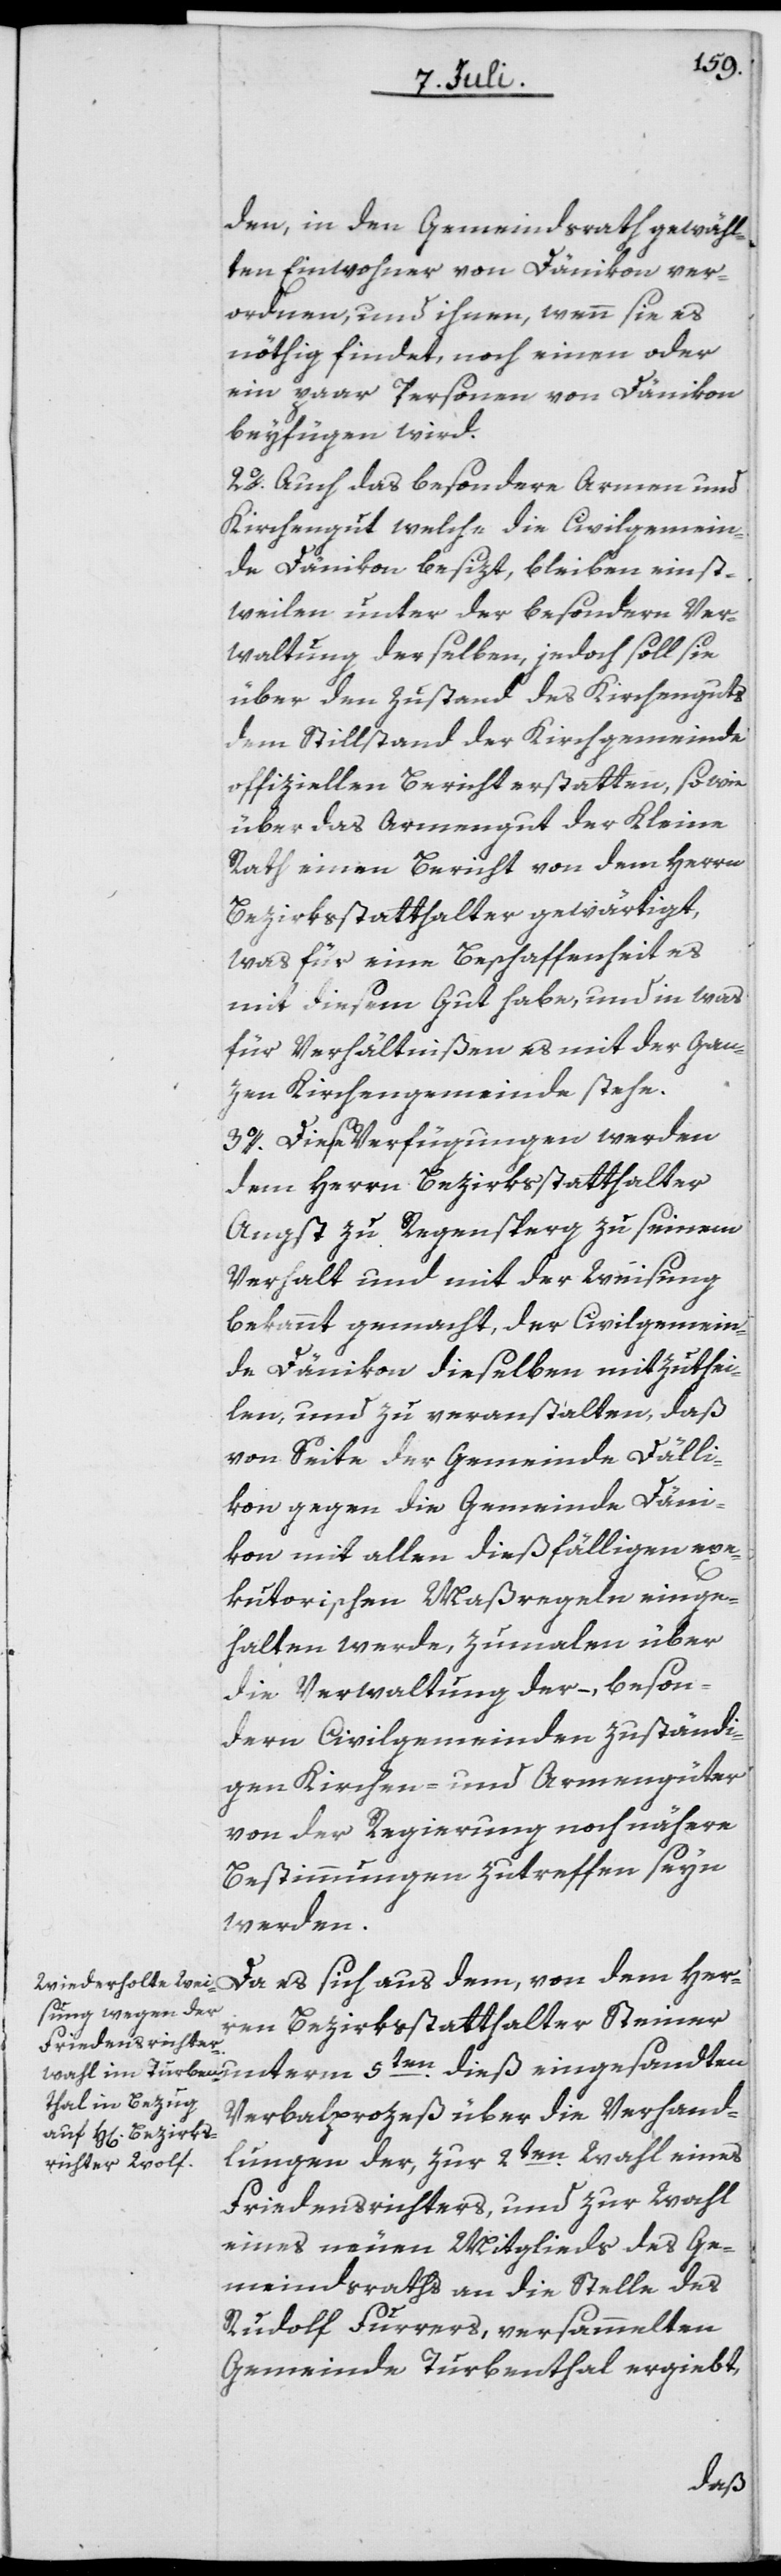
den, in den Gemeindsrath gewähl¬
ten Einwohner von Dänikon ver¬
ordnen und ihnen, wenn sie es
nöthig findet, noch einen oder
ein paar Personen von Dänikon
beyfügen wird.
2o. Auch das besondere Armen und
Kirchengut welche die Civilgemein¬
de Dänikon besizt, bleiben einst¬
weilen unter der besondern Ver¬
waltung derselben, jedoch soll sie
über den Zustand des Kirchenguts
dem Stillstand der Kirchgemeinde
offiziellen Bericht erstatten, sowie
über das Armengut der Kleine
Rath einen Bericht von dem Herrn
Bezirksstatthalter gewärtigt,
was für eine Beschaffenheit es
mit diesem Gut habe, und in was
für Verhältnißen es mit der Gan¬
zen Kirchgemeinde stehe.
3o. Diese Verfügungen werden
dem Herren Bezirksstatthalter
Angst zu Regensperg zu seinem
Verhalt und mit der Weisung
bekannt gemacht, der Civilgemein¬
de Dänikon dieselben mitzuthei¬
len, und zu veranstalten, daß
von Seite der Gemeinde Dälli¬
kon gegen die Gemeinde Däni¬
kon mit allen dießfälligen exe¬
kutorischen Maßregeln einge¬
halten werde, zumalen über
die Verwaltung der – , beson¬
dern Civilgemeinden zuständi¬
gen Kirchen- und Armengüter
von der Regierung noch nähere
Bestimmungen zu treffen seyn
werden.
Da es sich aus dem, von dem Her¬
ren Bezirksstatthalter Steiner
unterm 5ten dieß eingesandten
Verbalprozeß über die Verhand¬
lungen der, zur 2ten Wahl eines
Friedensrichters, und zur Wahl
eines neuen Mitglieds des Ge¬
meindsraths an die Stelle des
Rudolf Furrers, versammelten
Gemeinde Turbenthal ergiebt,